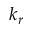
k _ { r }